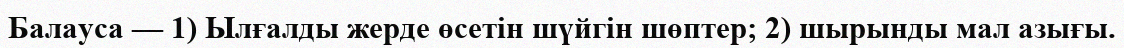
Балауса — 1) Ылғалды жерде өсетін шүйгін шөптер; 2) шырынды мал азығы.